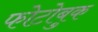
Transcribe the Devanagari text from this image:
फोटोबुक